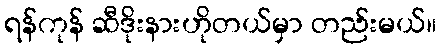
ရန်ကုန် ဆီဒိုးနားဟိုတယ်မှာ တည်းမယ်။